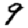
Digit: 9